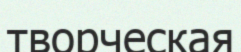
творческая